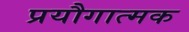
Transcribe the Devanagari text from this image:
प्रयौगात्मक